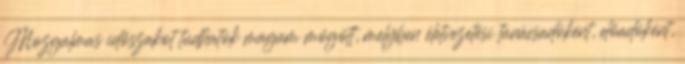
Mozgalmas időszakot tudhatok magam mögött, melyben életvezetési tanácsadóként, előadóként,